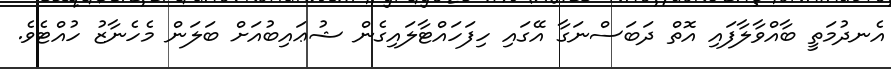
އެނދުމަތީ ބާއްވާލާފައި އޮތް ދަބަސްނަގާ އޭގައި ހިފަހައްޓާލައިގެން ޝުޢައިބުއަށް ބަލަން މެހެނާޒު ހުއްޓެވެ.